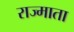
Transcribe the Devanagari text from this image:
राज्माता